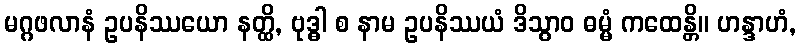
မဂ္ဂဖလာနံ ဥပနိဿယော နတ္ထိ, ဗုဒ္ဓါ စ နာမ ဥပနိဿယံ ဒိသွာဝ ဓမ္မံ ကထေန္တိ။ ဟန္ဒာဟံ,